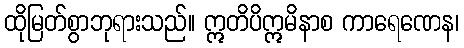
ထိုမြတ်စွာဘုရားသည်။ ဣတိပိဣမိနာစ ကာရေဏေန၊